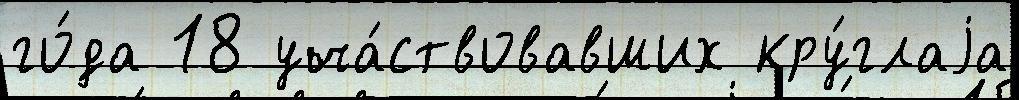
го́да 18 уча́ствовавших кру́глаjа